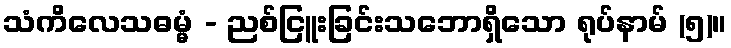
သံကိလေသဓမ္မံ - ညစ်ငြူးခြင်းသဘောရှိသော ရုပ်နာမ် (၅)။